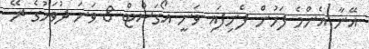
އޭނާ އެންމެ ފަހުން ފެނިފައި ވަނީ އޯގަސްޓް 8 ވަނަ ދުވަހުގެ ރޭ